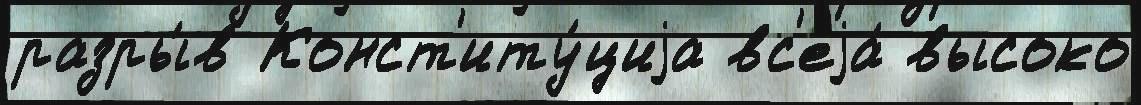
разры́в Конст'иту́циjа вс'еjа́ высоко